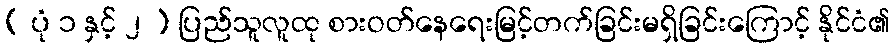
( ပုံ ၁ နှင့် ၂ ) ပြည်သူလူထု စားဝတ်နေရေးမြင့်တက်ခြင်းမရှိခြင်းကြောင့် နိုင်ငံ၏